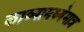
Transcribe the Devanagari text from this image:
काव्यामध्येमात्र